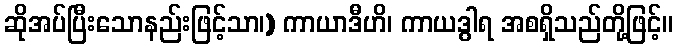
ဆိုအပ်ပြီးသောနည်းဖြင့်သာ၊) ကာယာဒီဟိ၊ ကာယဒွါရ အစရှိသည်တို့ဖြင့်။